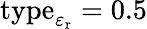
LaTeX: \mathrm{type}_{\varepsilon_{\mathrm{r}}}=0.5